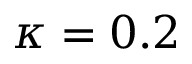
\kappa = 0 . 2